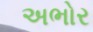
અભોર